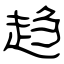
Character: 趋